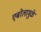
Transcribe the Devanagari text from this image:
एबोलामुळे